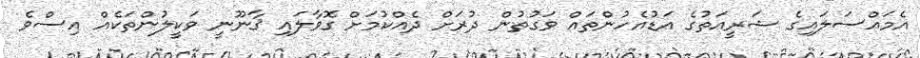
އެމައްސަލައިގެ ޝަރީއަތުގެ އަޑުއެހުންތައް ވަގުތުން ދުރަށް ދެއްކުމަށް ގޮވާލައި ޤާނޫނީ ވަކީލުންތަކެއް އިސްވެ